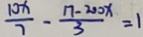
\frac { 1 0 x } { 7 } - \frac { 1 7 - 2 0 0 x } { 3 } = 1